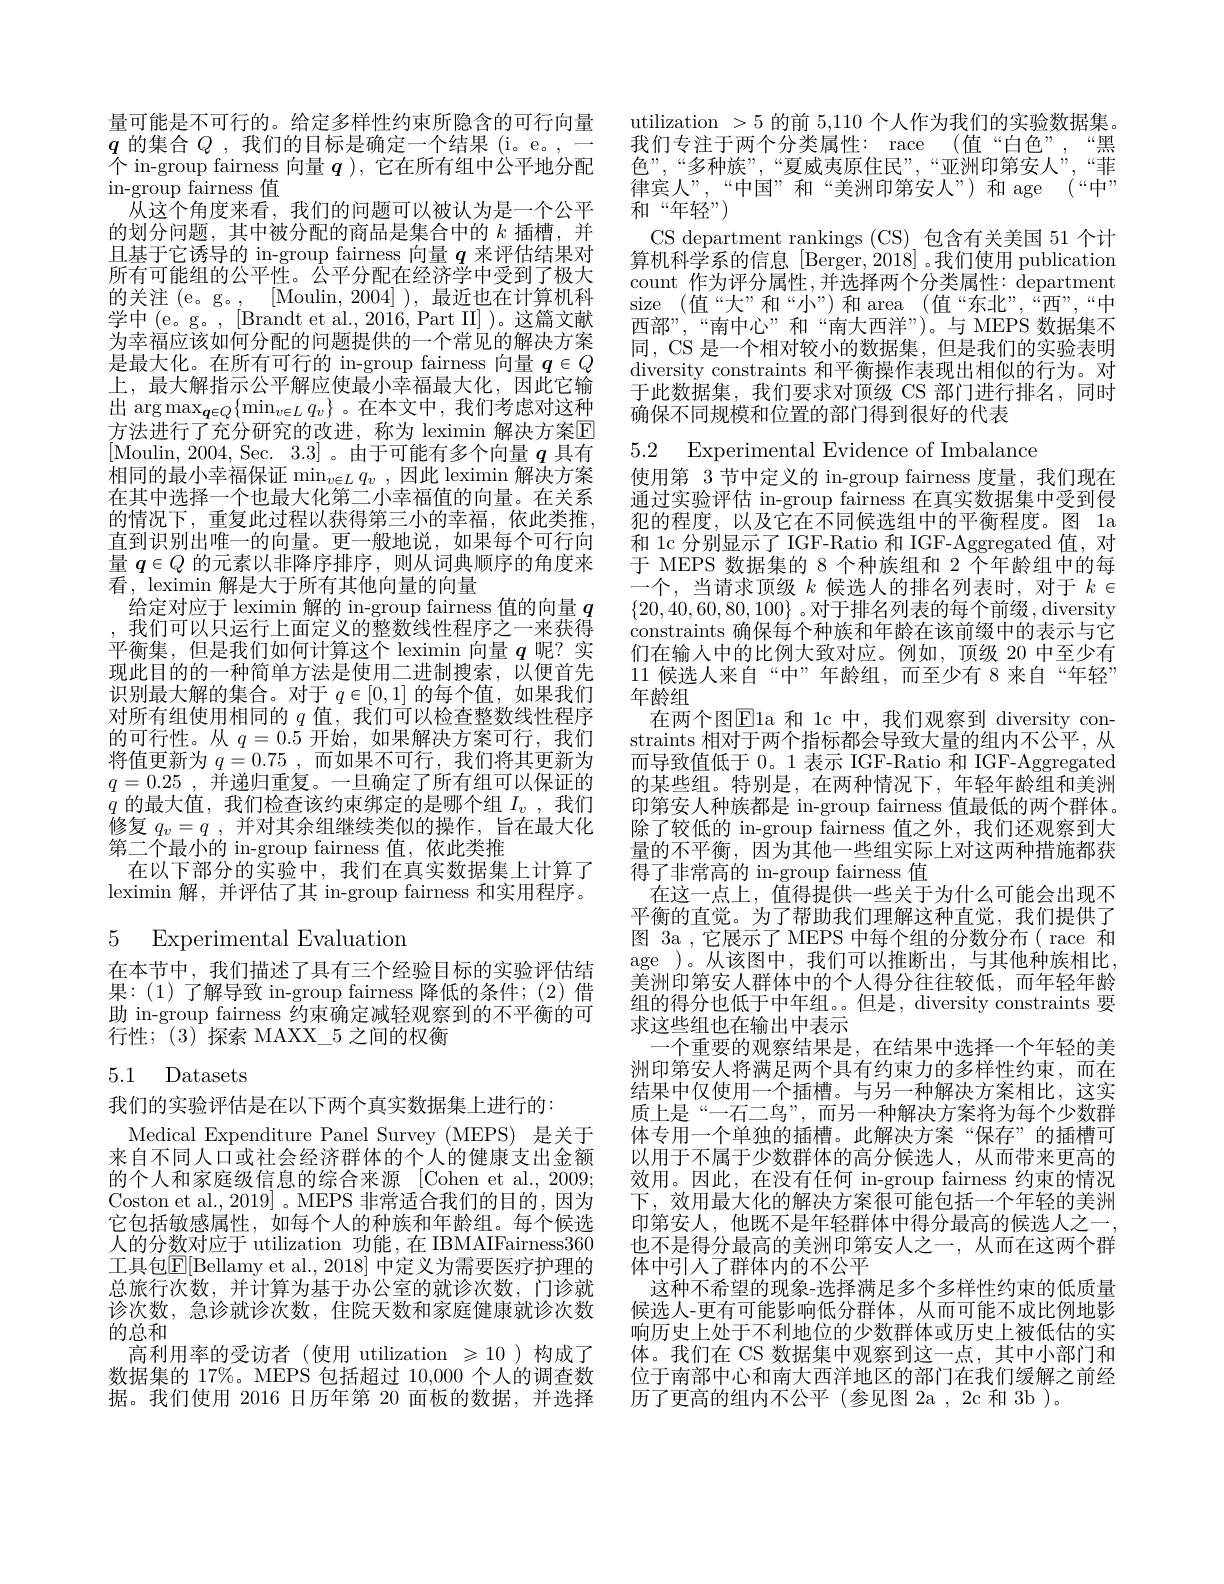
量可能是不可行的。给定多样性约束所隐含的可行向量$\begin{array}{l}{\boldsymbol{q}\text{ 的集合 }Q\mathrm{~,~我们的目标是确定一个结果~(i。e。,}}\\{\text{个 in-group fairness 向量 }\boldsymbol{q}\mathrm{~),~它在所有组中公平地分配}}\end{array}$ in-group fairness 值
$\bar{\text{从这个角度来看，我们的问题可以被认为是一个公平}}$ 的划分问题，其中被分配的商品是集合中的$k$插槽，并且基于它诱导的 in-group fairness 向量$q$来评估结果对所有可能组的公平性。公平分配在经济学中受到了极大的关注 (e。g。, [Moulin,2004] ), 最近也在计算机科学中(e。g。,[Brandt et al.,2016,Part II])。这篇文献为幸福应该如何分配的问题提供的一个常见的解决方案是最大化。在所有可行的 in-group fairness 向量$q\in Q$ 上，最大解指示公平解应使最小幸福最大化，因此它输出$\arg\max_{\boldsymbol{q}\in Q}\{\operatorname*{min}_{v\in L}q_v\}$。在本文中，我们考虑对这种方法进行了充分研究的改进，称为 leximin 解决方案回[Moulin, 2004, Sec. 3.3] 。由于可能有多个向量$q$具有相同的最小幸福保证$\min_v\in Lq_v$,因此$\operatorname*{leximin}$解决方案在其中选择一个也最大化第二小幸福值的向量。在关系的情况下，重复此过程以获得第三小的幸福，依此类推直到识别出唯一的向量。更一般地说，如果每个可行向量$q\in Q$的元素以非降序排序，则从词典顺序的角度来看，leximin 解是大于所有其他向量的向量
给定对应于 leximin 解的 in-group fairness 值的向量$q$ 我们可以只运行上面定义的整数线性程序之一来获得
平衡集，但是我们如何计算这个 leximin 向量$q$呢？实现此目的的一种简单方法是使用二进制搜索，以便首先识别最大解的集合。对于$q\in[0,1]$的每个值，如果我们对所有组使用相同的$q$值，我们可以检查整数线性程序的可行性。从$q=0.5$开始，如果解决方案可行，我们将值更新为$q=0.75$,而如果不可行，我们将其更新为$q= 0. 25$ , ${\text{并 递 归 重 复 。一 旦 确 定 了 所 有 组 可 以 保 证 的 }}$ $\bar{q}$的最大值，我们检查该约束绑定的是哪个组$I_v$,我们修复$q_v= q$ ,并对其余组继续类似的操作，旨在最大化第二个最小的 in-group fairness 值，依此类推
在以下部分的实验中，我们在真实数据集上计算了leximin 解，并评估了其 in-group fairness 和实用程序。

5 Experimental Evaluation

在本节中，我们描述了具有三个经验目标的实验评估结果：(1)了解导致 in-group fairness 降低的条件；(2)借助 in-group fairness 约束确定减轻观察到的不平衡的可行性；(3)探索 MAXX\_5 之间的权衡

### 5.1 Datasets

我们的实验评估是在以下两个真实数据集上进行的：
Medical Expenditure Panel Survey (MEPS) 是关于来自不同人口或社会经济群体的个人的健康支出金额的个人和家庭级信息的综合来源 [Cohen et al., 2009; Coston et al., 2019] 。MEPS 非常适合我们的目的，因为它包括敏感属性，如每个人的种族和年龄组。每个候选人的分数对应于 utilization 功能，在 IBMAIFairness360工具包$\mathbb{E}[$Bellamy et al., 2018] 中定义为需要医疗护理的总旅行次数，并计算为基于办公室的就诊次数，门诊就诊次数，急诊就诊次数，住院天数和家庭健康就诊次数的总和
高利用率的受访者(使用 utilization $\geqslant10$ )构成了数据集的 17%。MEPS 包括超过 10,000 个人的调查数据。我们使用 2016 日历年第 20 面板的数据，并选择

utilization >5的前5，110个人作为我们的实验数据集我们专注于两个分类属性：race (值“白色”,“黑色”,“多种族”,“夏威夷原住民”,“亚洲印第安人”,“菲律宾人”,“中国”和“美洲印第安人”)和 age (“中” 和“年轻”)
CS department rankings (CS) 包含有关美国 51 个计算机科学系的信息[Berger,2018]。我们使用 publication count 作为评分属性，并选择两个分类属性：department size (值“大”和“小”)和 area (值“东北”,“西”,“中西部”,“南中心”和“南大西洋”)。与 MEPS 数据集不同，CS 是一个相对较小的数据集，但是我们的实验表明diversity constraints 和平衡操作表现出相似的行为。对于此数据集，我们要求对顶级 CS 部门进行排名，同时确保不同规模和位置的部门得到很好的代表

5.2 Experimental Evidence of Imbalance
使用第 3节中定义的 in-group fairness 度量，我们现在通过实验评估 in-group fairness 在真实数据集中受到侵犯的程度，以及它在不同候选组中的平衡程度。图 1a 和 1c 分别显示了 IGF-Ratio 和 IGF-Aggregated 值，对于 MEPS 数据集的 8 个种族组和 2 个年龄组中的每一个，当请求顶级$k$候选人的排名列表时，对于$k\in$ $\{20,40,60,80,100\}$ 。对于排名列表的每个前缀，diversity constraints 确保每个种族和年龄在该前缀中的表示与它们在输入中的比例大致对应。例如，顶级 20 中至少有11候选人来自“中”年龄组，而至少有 8 来自“年轻” 年龄组
在两个图$\boxed{\mathrm{E}}1$a 和 lc 中，我们观察到 diversity constraints 相对于两个指标都会导致大量的组内不公平，从而导致值低于 0。1 表示 IGF-Ratio 和 IGF-Aggregated 的某些组。特别是，在两种情况下，年轻年龄组和美洲印第安人种族都是 in-group fairness 值最低的两个群体。除了较低的 in-group fairness 值之外，我们还观察到大量的不平衡，因为其他一些组实际上对这两种措施都获$\overline{\text{得了非常高的 in-group fairness 值}}$
在这一点上，值得提供一些关于为什么可能会出现不平衡的直觉。为了帮助我们理解这种直觉，我们提供了图 3a ,它展示了 MEPS 中每个组的分数分布( race 和age )。从该图中，我们可以推断出，与其他种族相比， 美洲印第安人群体中的个人得分往往较低，而年轻年龄组的得分也低于中年组。。但是，diversity constraints 要求这些组也在输出中表示
一个重要的观察结果是，在结果中选择一个年轻的美洲印第安人将满足两个具有约束力的多样性约束，而在结果中仅使用一个插槽。与另一种解决方案相比，这实质上是“一石二鸟”,而另一种解决方案将为每个少数群体专用一个单独的插槽。此解决方案“保存”的插槽可以用于不属于少数群体的高分候选人，从而带来更高的效用。因此，在没有任何 in-group fairness 约束的情况下，效用最大化的解决方案很可能包括一个年轻的美洲印第安人，他既不是年轻群体中得分最高的候选人之一， 也不是得分最高的美洲印第安人之一，从而在这两个群体中引人了群体内的不公平
这种不希望的现象-选择满足多个多样性约束的低质量候选人-更有可能影响低分群体，从而可能不成比例地影响历史上处于不利地位的少数群体或历史上被低估的实体。我们在 CS 数据集中观察到这一点，其中小部门和位于南部中心和南大西洋地区的部门在我们缓解之前经历了更高的组内不公平(参见图 2a, 2c 和 3b)。